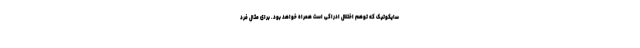
سایکوتیک که توهم اختلال ادراکی است همراه خواهد بود. برای مثال فرد